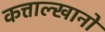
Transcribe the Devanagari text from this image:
कत्ताल्खानो